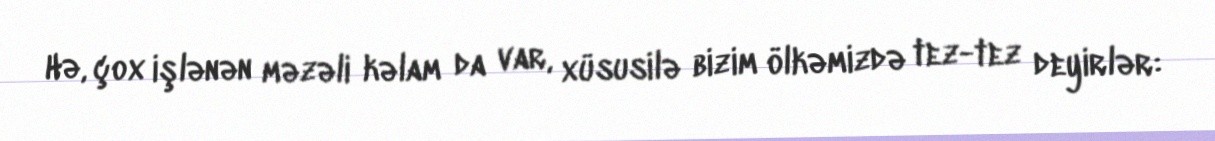
Hə, çox işlənən məzəli kəlam da var, xüsusilə bizim ölkəmizdə tez-tez deyirlər: